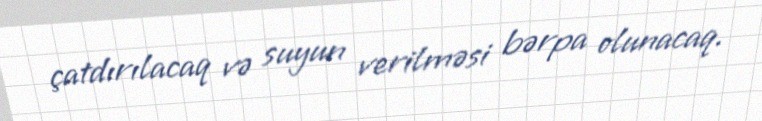
çatdırılacaq və suyun verilməsi bərpa olunacaq.